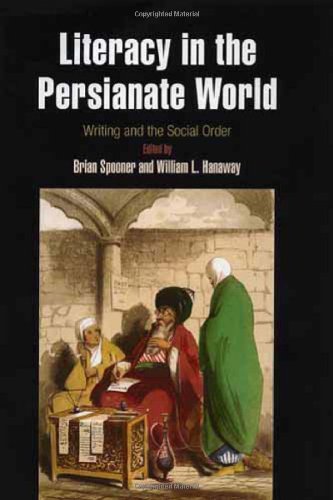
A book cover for Literacy in the Persianate World: Writing and the Social Order; Romance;